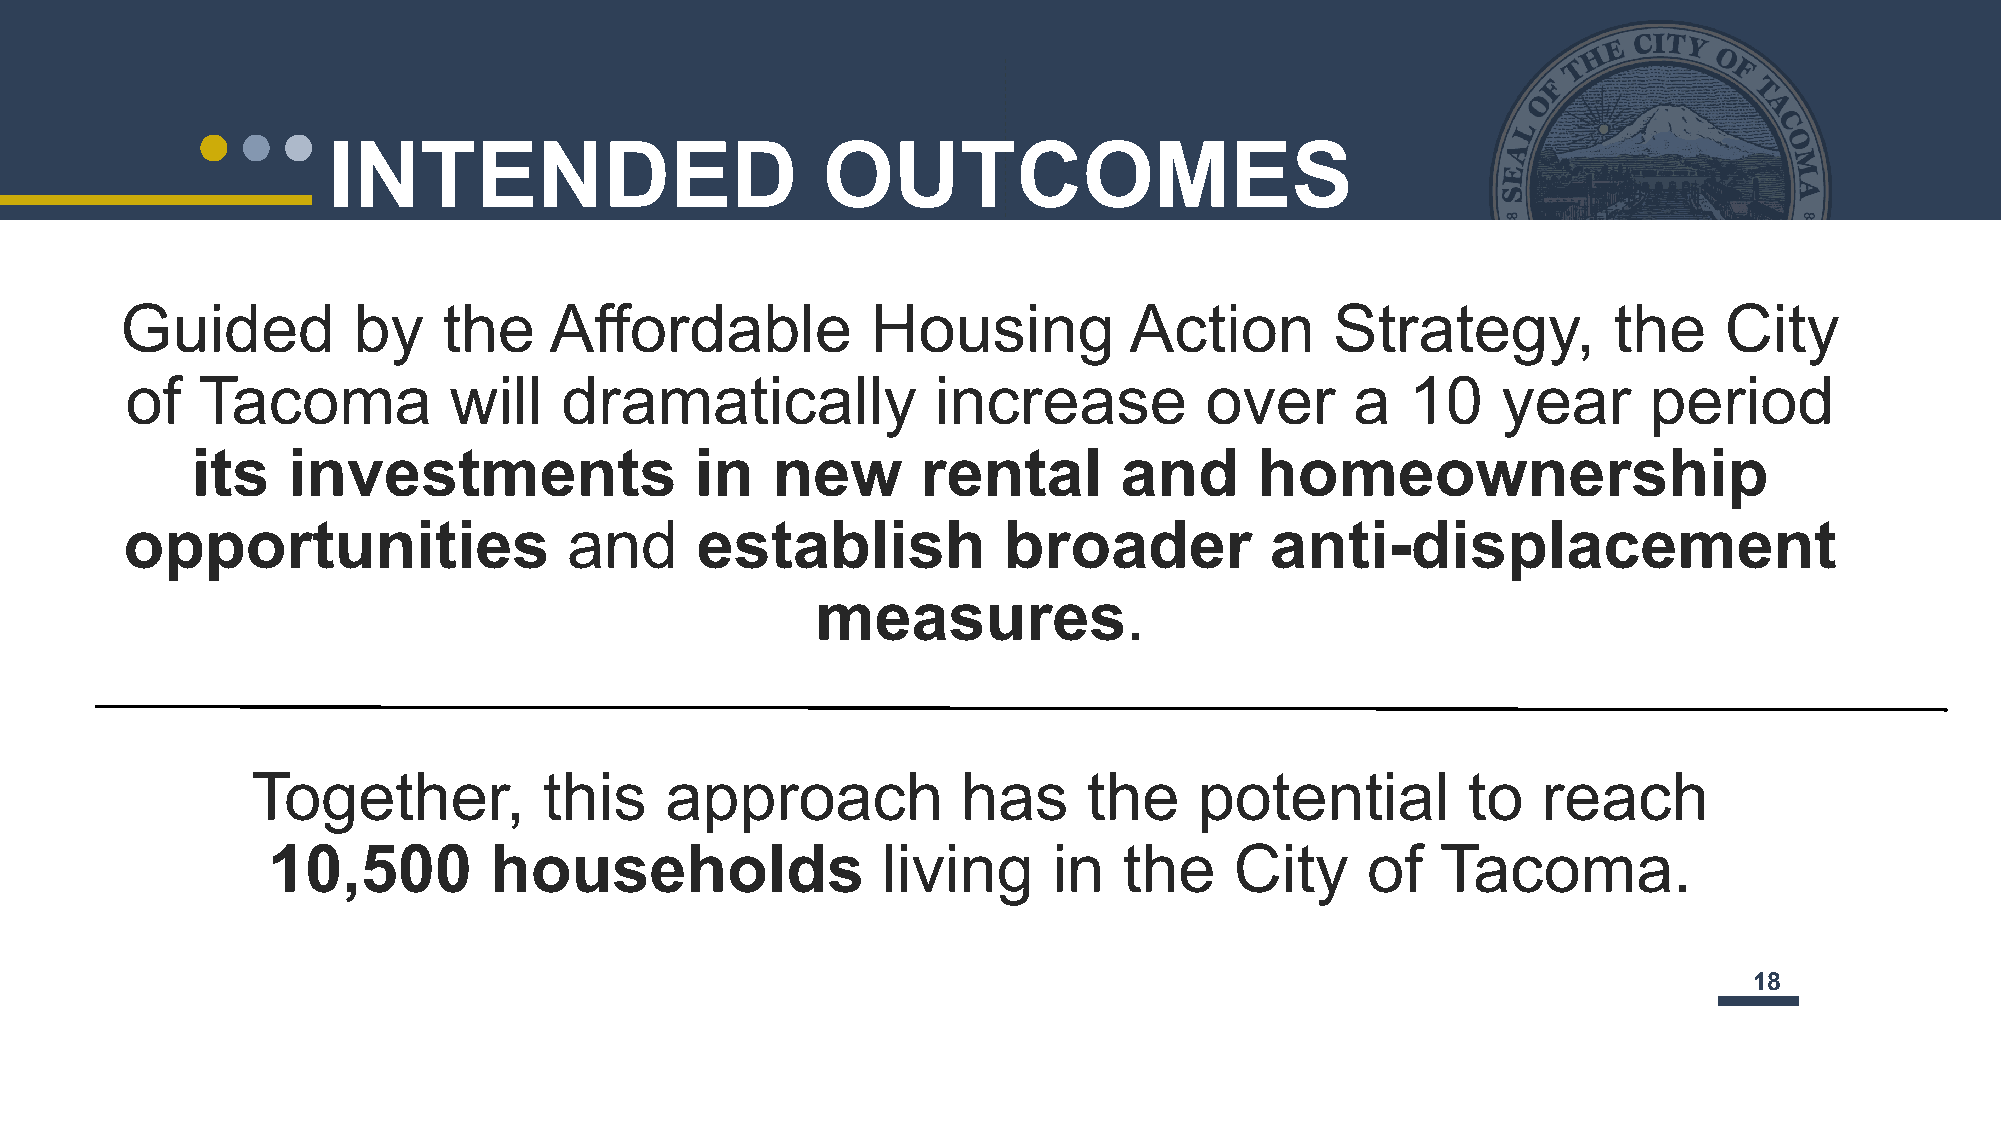
INTENDED                        OUTCOMES
 Guided         by    the    Affordable            Housing          Action       Strategy,          the    City
 of   Tacoma           will   dramatically             increase          over      a  10    year      period
 its   investments                in   new       rental       and      homeownership
 opportunities                 and     establish           broader           anti-displacement
 measures.
 Together,          this    approach            has     the    potential         to   reach
 10,500        households                living      in  the     City    of   Tacoma.
 1188